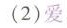
（2）爱